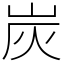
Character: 炭